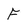
Character: F